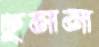
ঢুলল